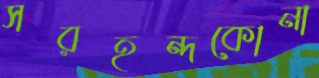
সরহন্দকোনা